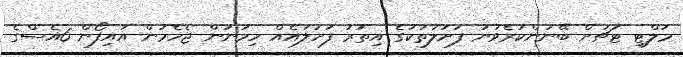
މަލްޓި ޓަޗަށް ބޭނުންކުރެވުނު ފަށަލަތަކުގެ އިތުރު ފަށަލައެއް ހިމަނަން ޖެހެމުން އައިފޯން 6އެސްގެ